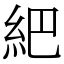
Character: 紦